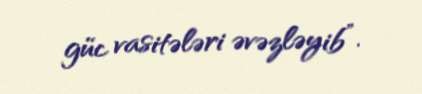
güc vasitələri əvəzləyib”.